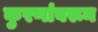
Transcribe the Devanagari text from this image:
कुरणांवरून